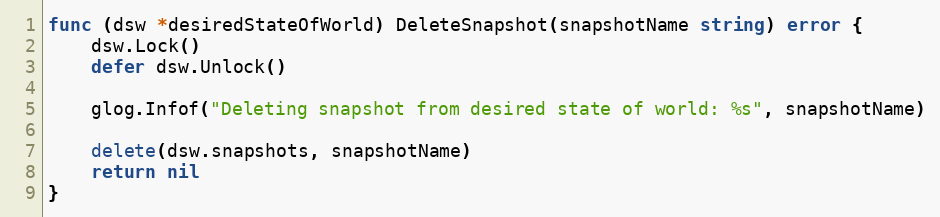
Language: Go
func (dsw *desiredStateOfWorld) DeleteSnapshot(snapshotName string) error {
	dsw.Lock()
	defer dsw.Unlock()

	glog.Infof("Deleting snapshot from desired state of world: %s", snapshotName)

	delete(dsw.snapshots, snapshotName)
	return nil
}